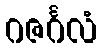
ဂဇင်္ဂလံ